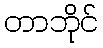
တာဘိုင်